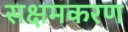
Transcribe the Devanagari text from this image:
सक्षमकरण